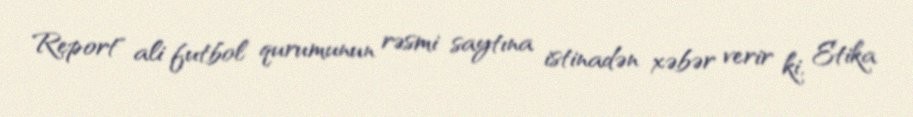
Report" ali futbol qurumunun rəsmi saytına istinadən xəbər verir ki, Etika